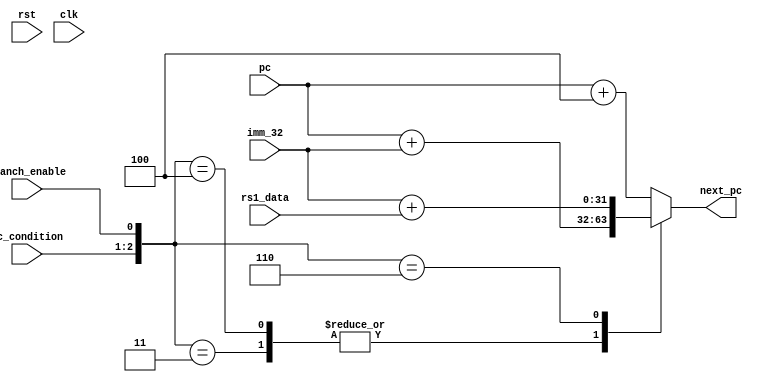
module pc_controller(
    input branch_enable,
    input [31: 0] pc, 
    input [31:0] imm_32, rs1_data,
    input rst, clk,
    input [1: 0] pc_condition,

    output reg [31: 0] next_pc
);
always @(*) begin
    case ({pc_condition,branch_enable})
        //normal
        3'b000 : next_pc <= pc + 32'd4;  

        //branch not staisfied. continue + 4
        3'b010 : next_pc <= pc + 32'd4;  

        //branch staisfied. 
        3'b011 : next_pc <= pc + imm_32;  

        // jal 
        3'b100 : next_pc <= pc + imm_32;  

        // jalr
        3'b110 : next_pc <= imm_32 + rs1_data;  
        default : next_pc <= pc + 32'd4;
    endcase
end
endmodule